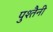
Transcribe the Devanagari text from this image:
पुश्‍तैनी